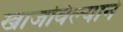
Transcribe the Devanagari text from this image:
खाजविल्याने